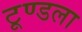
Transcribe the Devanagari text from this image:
टूण्‍डला